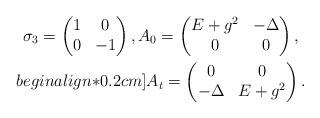
LaTeX: \begin{align*}\begin{gathered}\sigma_3=\begin{pmatrix}1 & 0 \\0 & -1\end{pmatrix},A_0=\begin{pmatrix}E+g^2 & -\Delta \\0 & 0 \end{pmatrix},\\begin{align*}0.2cm]A_t=\begin{pmatrix}0 & 0 \\-\Delta & E+g^2\end{pmatrix}.\end{gathered}\end{align*}